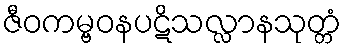
ဇီဝကမ္ဗဝနပဋိသလ္လာနသုတ္တံ